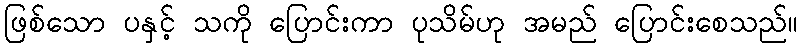
ဖြစ်သော ပနှင့် သကို ပြောင်းကာ ပုသိမ်ဟု အမည် ပြောင်းစေသည်။